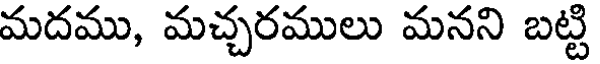
మదము, మచ్చరములు మనని బట్టి